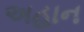
અહાન